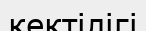
кектілігі